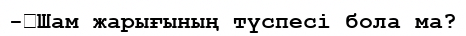
-	Шам жарығының түспесі бола ма?